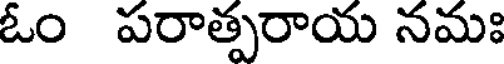
ఓం పరాత్పరాయ నమః